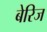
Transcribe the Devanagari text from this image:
बेरिज